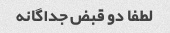
لطفا دو قبض جداگانه